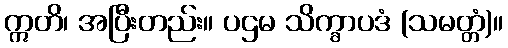
ဣတိ၊ အပြီးတည်း။ ပဌမ သိက္ခာပဒံ (သမတ္တံ)။